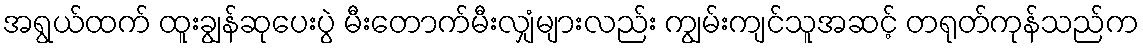
အရွယ်ထက် ထူးချွန်ဆုပေးပွဲ မီးတောက်မီးလျှံများလည်း ကျွမ်းကျင်သူအဆင့် တရုတ်ကုန်သည်က